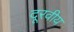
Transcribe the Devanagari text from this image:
दूरवीय